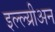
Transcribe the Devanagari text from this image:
इल्ल्य्रीअन